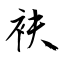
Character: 衭